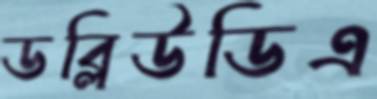
ডব্লিউডিএ